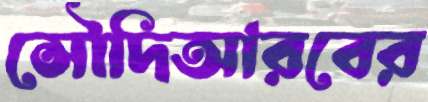
সৌদিআরবের